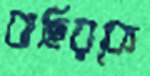
বাছিরকে